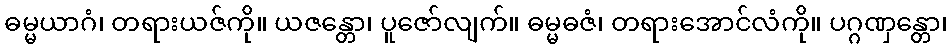
ဓမ္မယာဂံ၊ တရားယဇ်ကို။ ယဇန္တော၊ ပူဇော်လျက်။ ဓမ္မဓဇံ၊ တရားအောင်လံကို။ ပဂ္ဂဏှန္တော၊